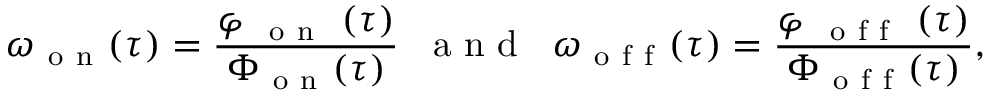
\omega _ { \mathrm { ~ o ~ n ~ } } ( \tau ) = \frac { \varphi _ { \mathrm { ~ \mathrm { ~ o ~ n ~ } ~ } } ( \tau ) } { \Phi _ { \mathrm { ~ o ~ n ~ } } ( \tau ) } \; \; \mathrm { ~ a ~ n ~ d ~ } \; \; \omega _ { \mathrm { ~ o ~ f ~ f ~ } } ( \tau ) = \frac { \varphi _ { \mathrm { ~ \mathrm { ~ o ~ f ~ f ~ } ~ } } ( \tau ) } { \Phi _ { \mathrm { ~ o ~ f ~ f ~ } } ( \tau ) } ,